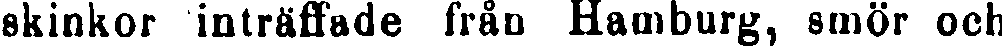
skinkor inträffade från Hamburg, smör och